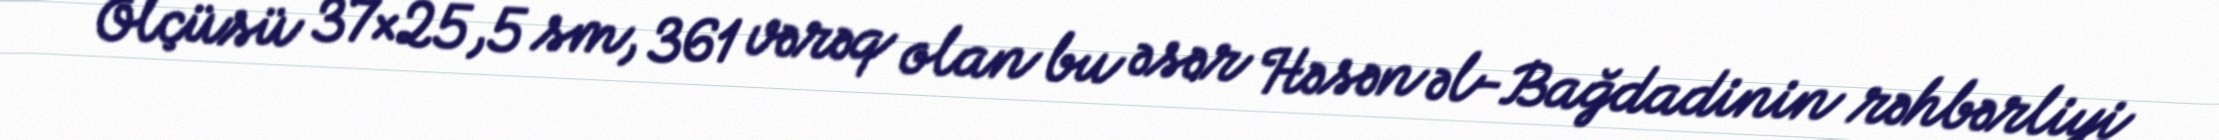
Ölçüsü 37×25,5 sm, 361 vərəq olan bu əsər Həsən əl-Bağdadinin rəhbərliyi